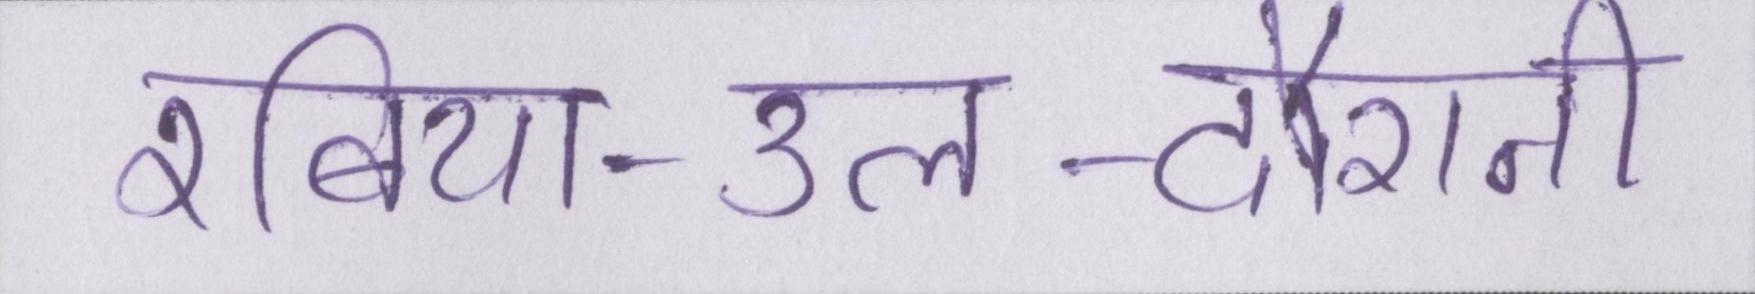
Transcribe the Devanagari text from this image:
रबिया-उल-दौरानी